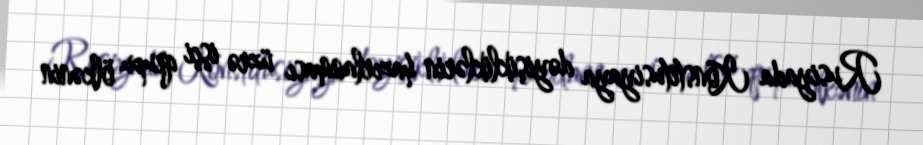
Rusiyada Konstitusiyaya dəyişikliklərin hazırlanması üzrə işçi qrupu ölkənin